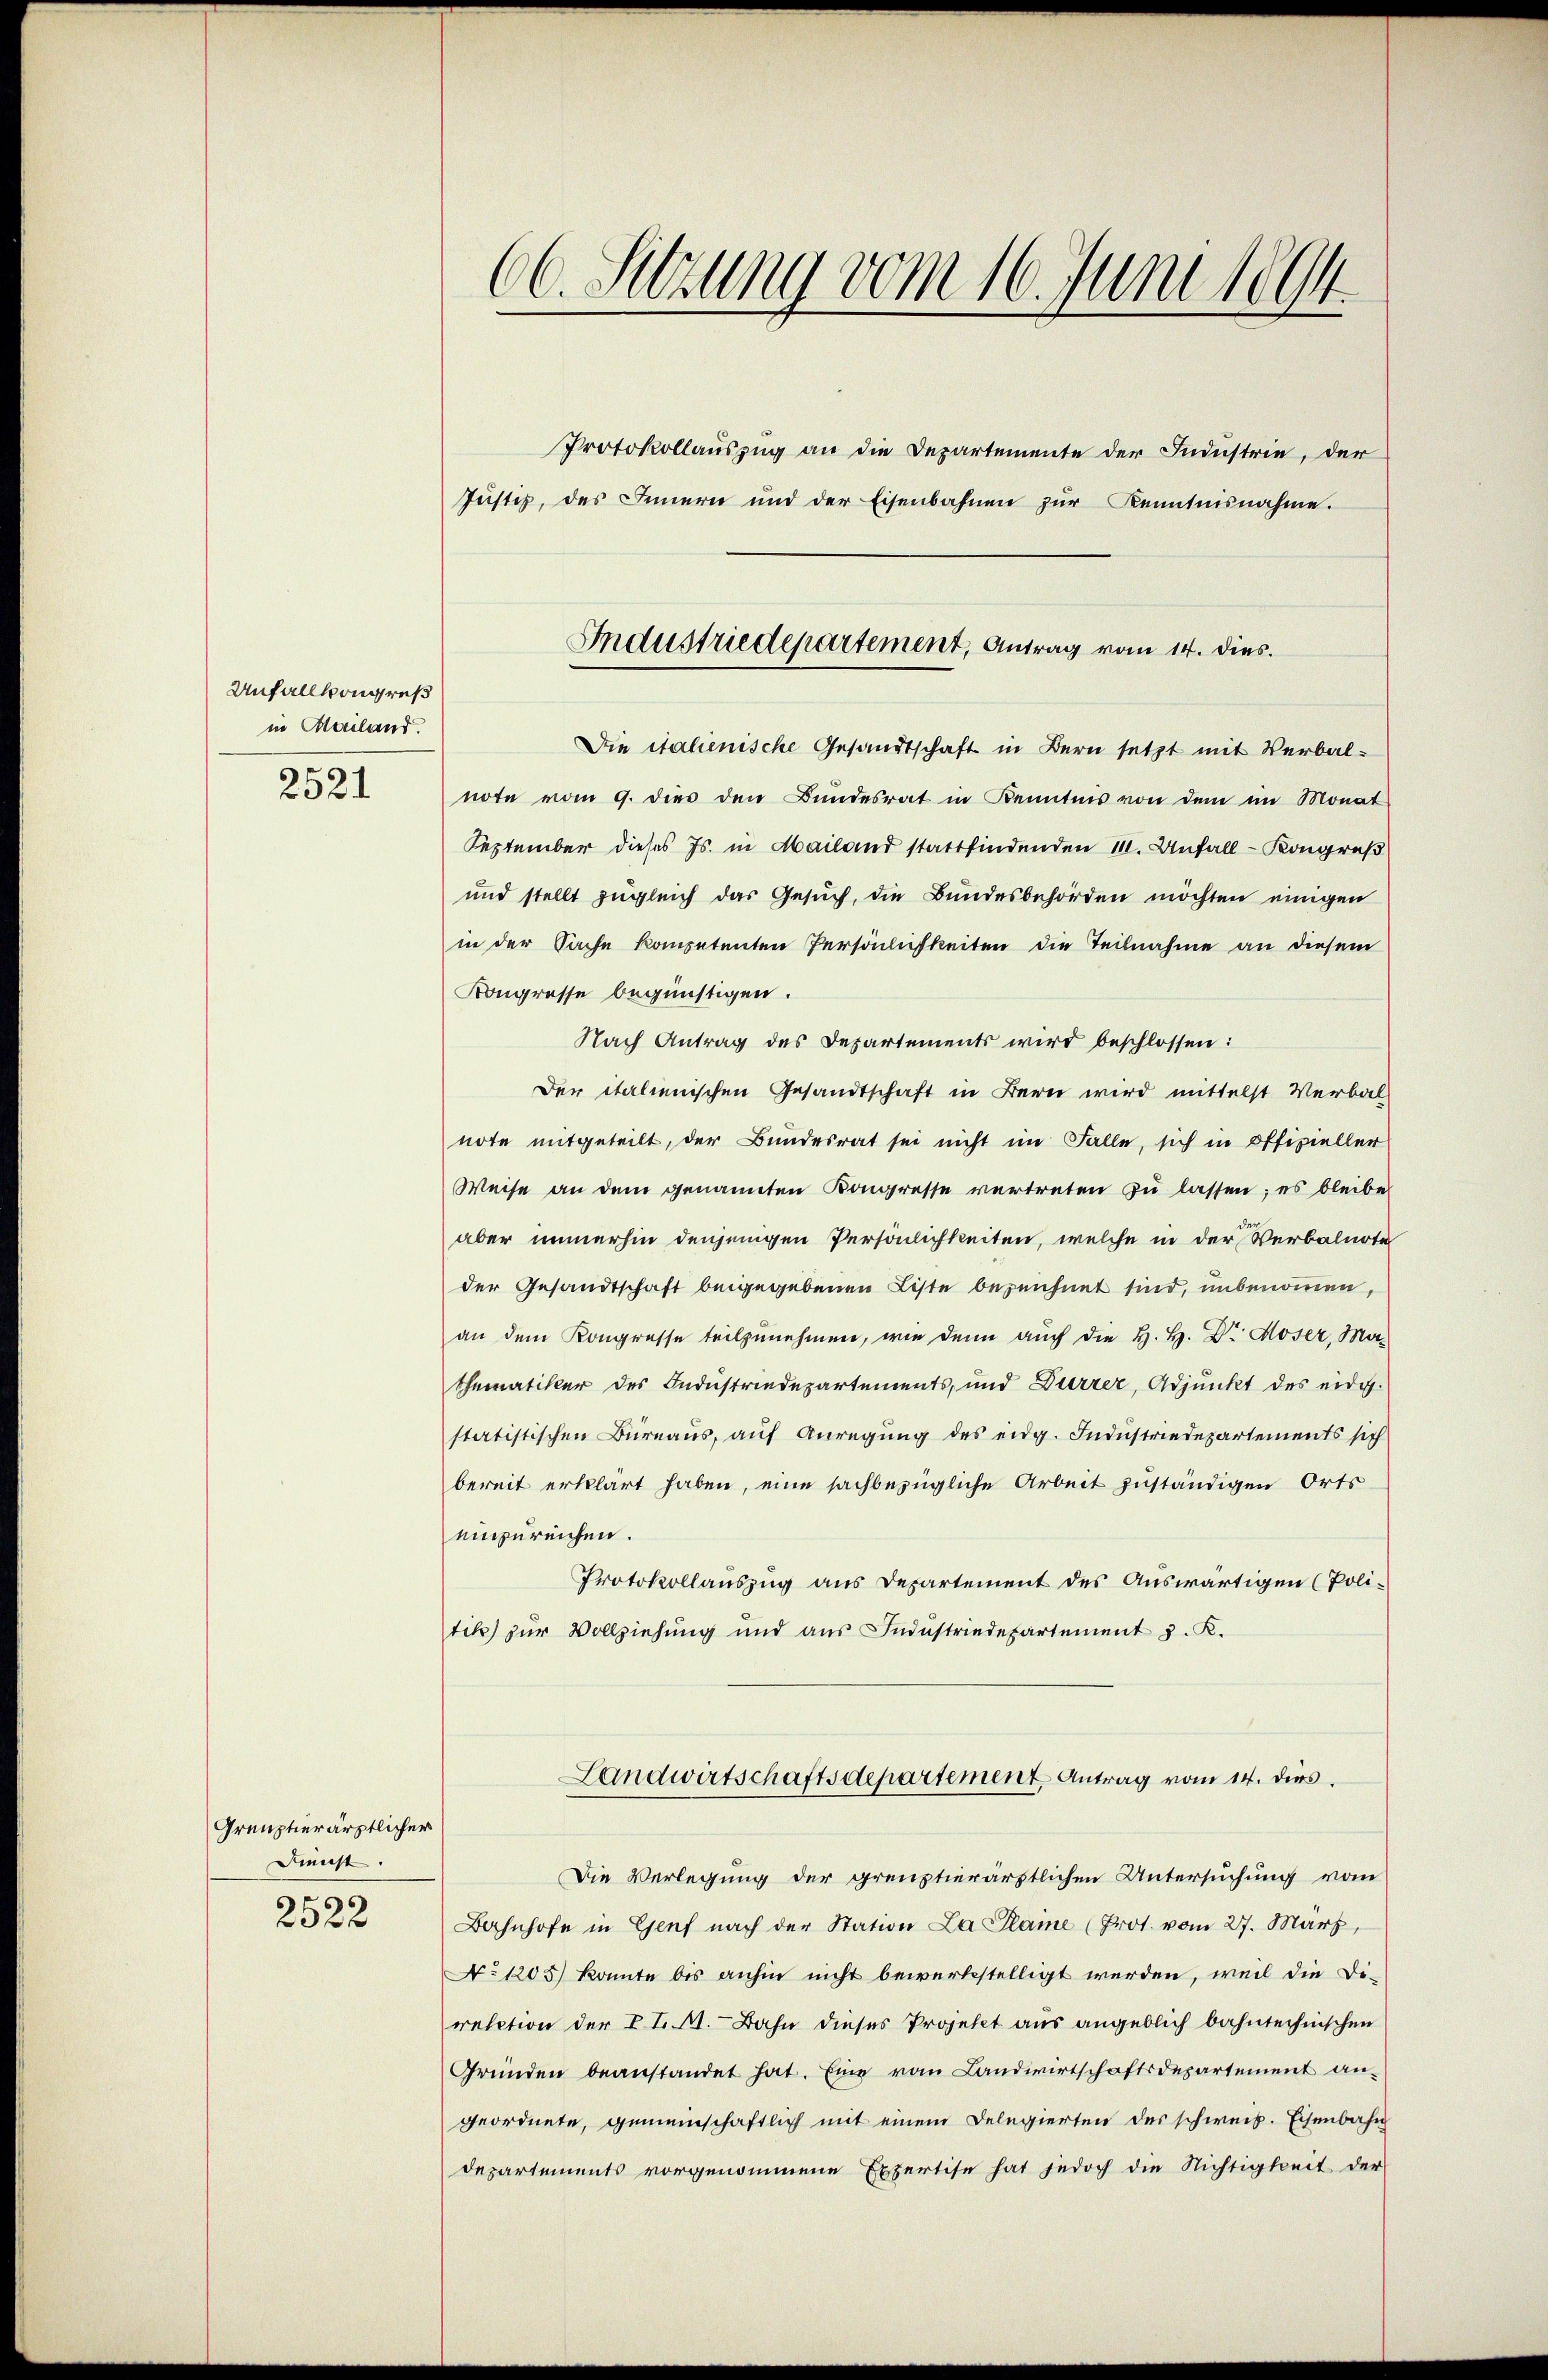
Unfallsongreß
in Mailand.
2521

Greuztierärztlicher
Dienst.
2522

66. Setzung vom 16. Juni 1894.
Protokollauszug an die Departemente der Industrie, der
Jüste, des Innern und der Eisenbahnen zŭr Kenntnisnahme.

Die italienische Gesandtschaft in Bern setzt mit Verbal-
note vom 9. dies den Bundesrat in Kenntnis von dem im Monat
September dieses Js. in Mailand stattfindenden 11. Unfall - Kongruß
und stellt zugleich das Gesuch, die Bundesbehörden möchten einigen
in der Sache kompetenten Persönlichkeiten die Teilnahme an diesem
Kongresse begünstigen.
Nach Antrag des Departements wird beschlossen:
Der italienischen Gesandtschaft in Bern wird mittelst Verbal-
note mitgeteilt, der Bundesrat sei nicht im Falle, sich in Offizieller
Weise an dem genannten Kongresse vertreten zŭ lassen; es bleibe
aber immerhin denjenigen Persönlichkeiten, welche in der Verbalnote
der Gesandtschaft beigegebenen Liste bezeichnet sind, unbenommen,
an dem Kongresse teilzunehmen, wie denn auch die H. H. Dr Moser, Mathematiker des Industrindepartements, und Dürrer, Adjunkt des eidg
statistischen Büreaus, auf Anregung des eidg. Industriedepartements sich
bereit erklärt haben, eine sachbezügliche Arbeit zuständigen Orts
einzureichen.
Protokollauszug aus Departement des Auswärtigen (Politik) zur Vollziehung und aŭs Indŭstriedepartement J. K.

Industriedepartement, Antrag vom 14. dies.

Landwirtschaftsdepartement Antrag vom 14. dies

Die Verlegung der greuztierärztlichen Untersuchung vom
Bahnhofe in Genf nach der Station La Plaine (Prot. vom 27. März,
No 1205) konnte bis anhin nicht bewerkstelligt werden, weil die Di-
relation der II. M. Bahn dieses Projekt aus angeblich bahntechnischen
Gründen beanstandet hat. Eine vom Landwirtschaftsdepartement an-
geordnete, gemeinschaftlich mit einem Delegierten des schweiz. Eisenbahn
departements vorgenommene Expertise hat jedoch die Nichtigkeit der